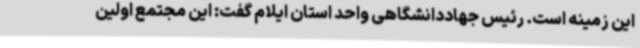
این زمینه است. رئیس جهاددانشگاهی واحد استان ایلام گفت: این مجتمع اولین